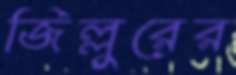
জিল্লুরের